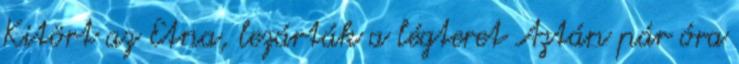
Kitört az Etna, lezárták a légteret Aztán pár óra